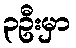
၃ဦးမှာ